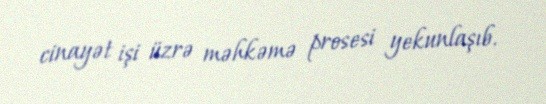
cinayət işi üzrə məhkəmə prosesi yekunlaşıb.